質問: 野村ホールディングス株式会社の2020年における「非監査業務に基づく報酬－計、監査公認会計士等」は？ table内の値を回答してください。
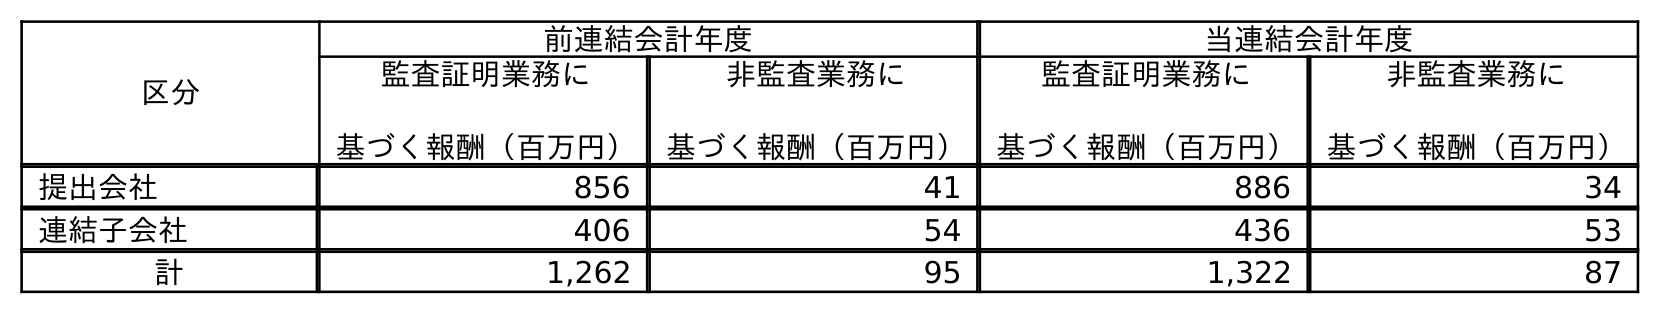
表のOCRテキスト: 区分 前連結会計年度 当連結会計年度 監査証明業務に 基づく報酬（百万円） 非監査業務に 基づく報酬（百万円） 監査証明業務に 基づく報酬（百万円） 非監査業務に 基づく報酬（百万円） 提出会社 856 41 886 34 連結子会社 406 54 436 53 計 1,262 95 1,322 87
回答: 87